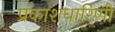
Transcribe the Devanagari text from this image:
प्रकाशधारिणी